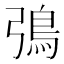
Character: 𬶿